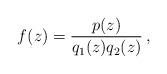
LaTeX: \begin{align*} f(z)=\frac{p(z)}{q_1(z)q_2(z)}\, , \end{align*}